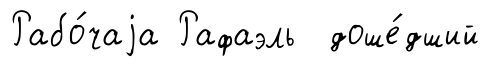
Рабо́чаjа Рафаэль доше́дший